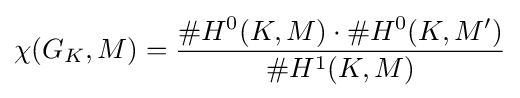
\chi (G_{K},M)={\frac {\#H^{0}(K,M)\cdot \#H^{0}(K,M^{\prime })}{\#H^{1}(K,M)}}